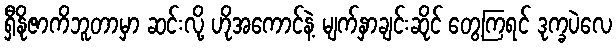
ရှီနိုဇာကိဘူတာမှာ ဆင်းလို့ ဟိုအကောင်နဲ့ မျက်နှာချင်းဆိုင် တွေ့ကြရင် ဒုက္ခပဲလေ